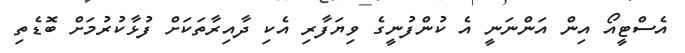
އެސްޓީއޯ އިން އަންނަނީ އެ ކުންފުނީގެ ވިޔަފާރި އެކި ދާއިރާތަކަށް ފުޅާކުރުމަށް ބޮޑެތި